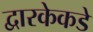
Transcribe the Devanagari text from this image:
द्वारकेकडे